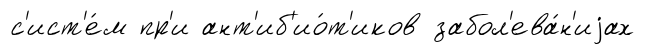
с'ист'е́м пр'и ант'иб'ио́т'иков забол'ева́н'иjах